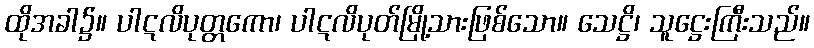
ထိုအခါ၌။ ပါဋလိပုတ္တကော၊ ပါဋလိပုတ်မြို့သားဖြစ်သော။ သေဋ္ဌိ၊ သူဋ္ဌေးကြီးသည်။